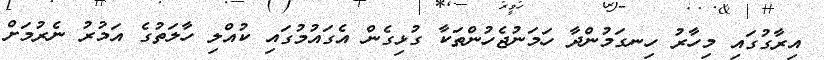
އިރާގުގައި މިހާރު ހިނގަމުންދާ ހަމަނުޖެހުންތަކާ ގުޅިގެން އެގައުމުގައި ކުއްލި ހާލަތުގެ އަމުރު ނެރުމަށް